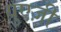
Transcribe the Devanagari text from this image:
युएज़ी